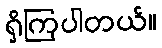
ရှိကြပါတယ်။